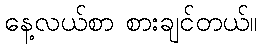
နေ့လယ်စာ စားချင်တယ်။